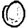
Digit: 0